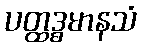
ပတ္ထဒ္ဓမာနသံ